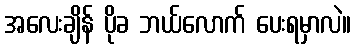
အလေးချိန် ပိုခ ဘယ်လောက် ပေးရမှာလဲ။